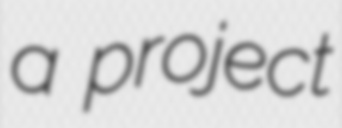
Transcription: a project